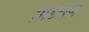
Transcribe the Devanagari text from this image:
मिडवेज